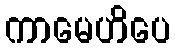
ကာမေဟိပေ